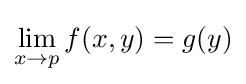
\lim _{x\to p}f(x,y)=g(y)